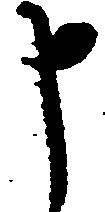
申